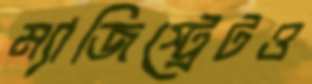
ম্যাজিস্ট্রেটও